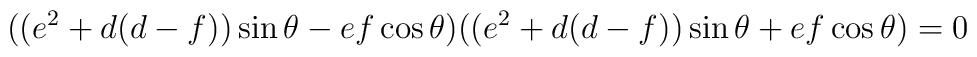
((e^2+d(d-f))\sin\theta-ef\cos\theta)((e^2+d(d-f))\sin\theta+ef\cos	\theta)=0